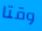
وقتا